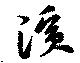
浜